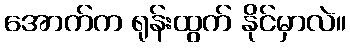
အောက်က ရုန်းထွက် နိုင်မှာလဲ။